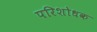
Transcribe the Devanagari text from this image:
परिशोधक